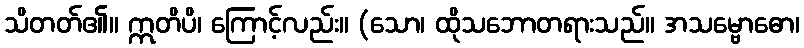
သိတတ်၏။ ဣတိပိ၊ ကြောင့်လည်း။ (သော၊ ထိုသဘောတရားသည်။ အသမ္ဗောဓော၊